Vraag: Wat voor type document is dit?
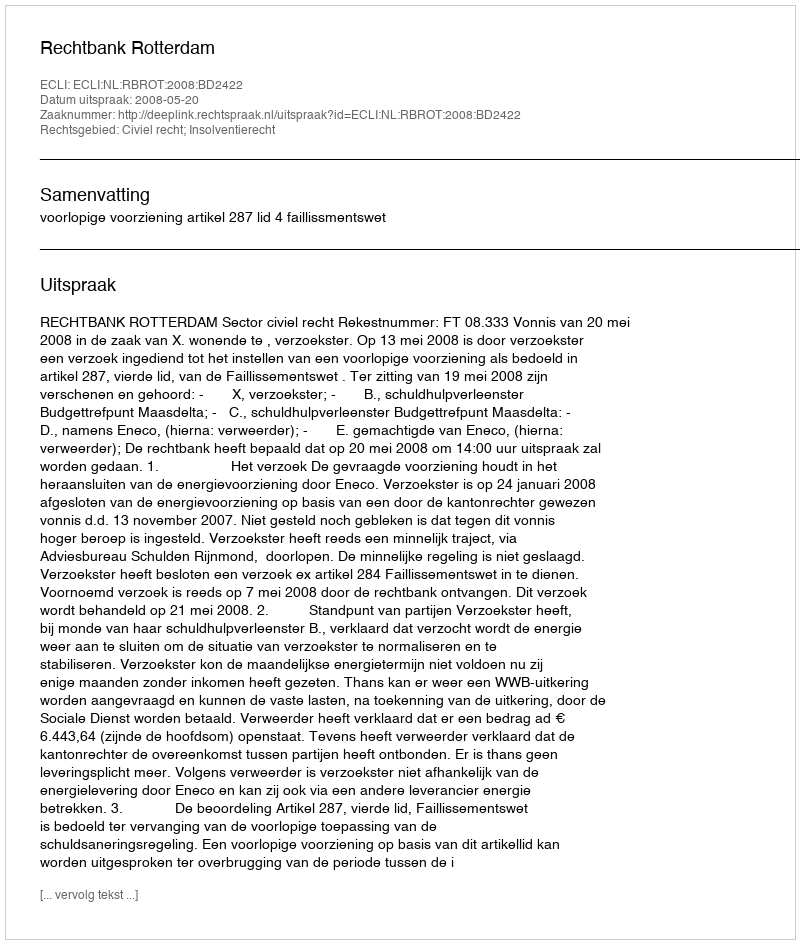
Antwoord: Uitspraak